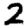
Digit: 2